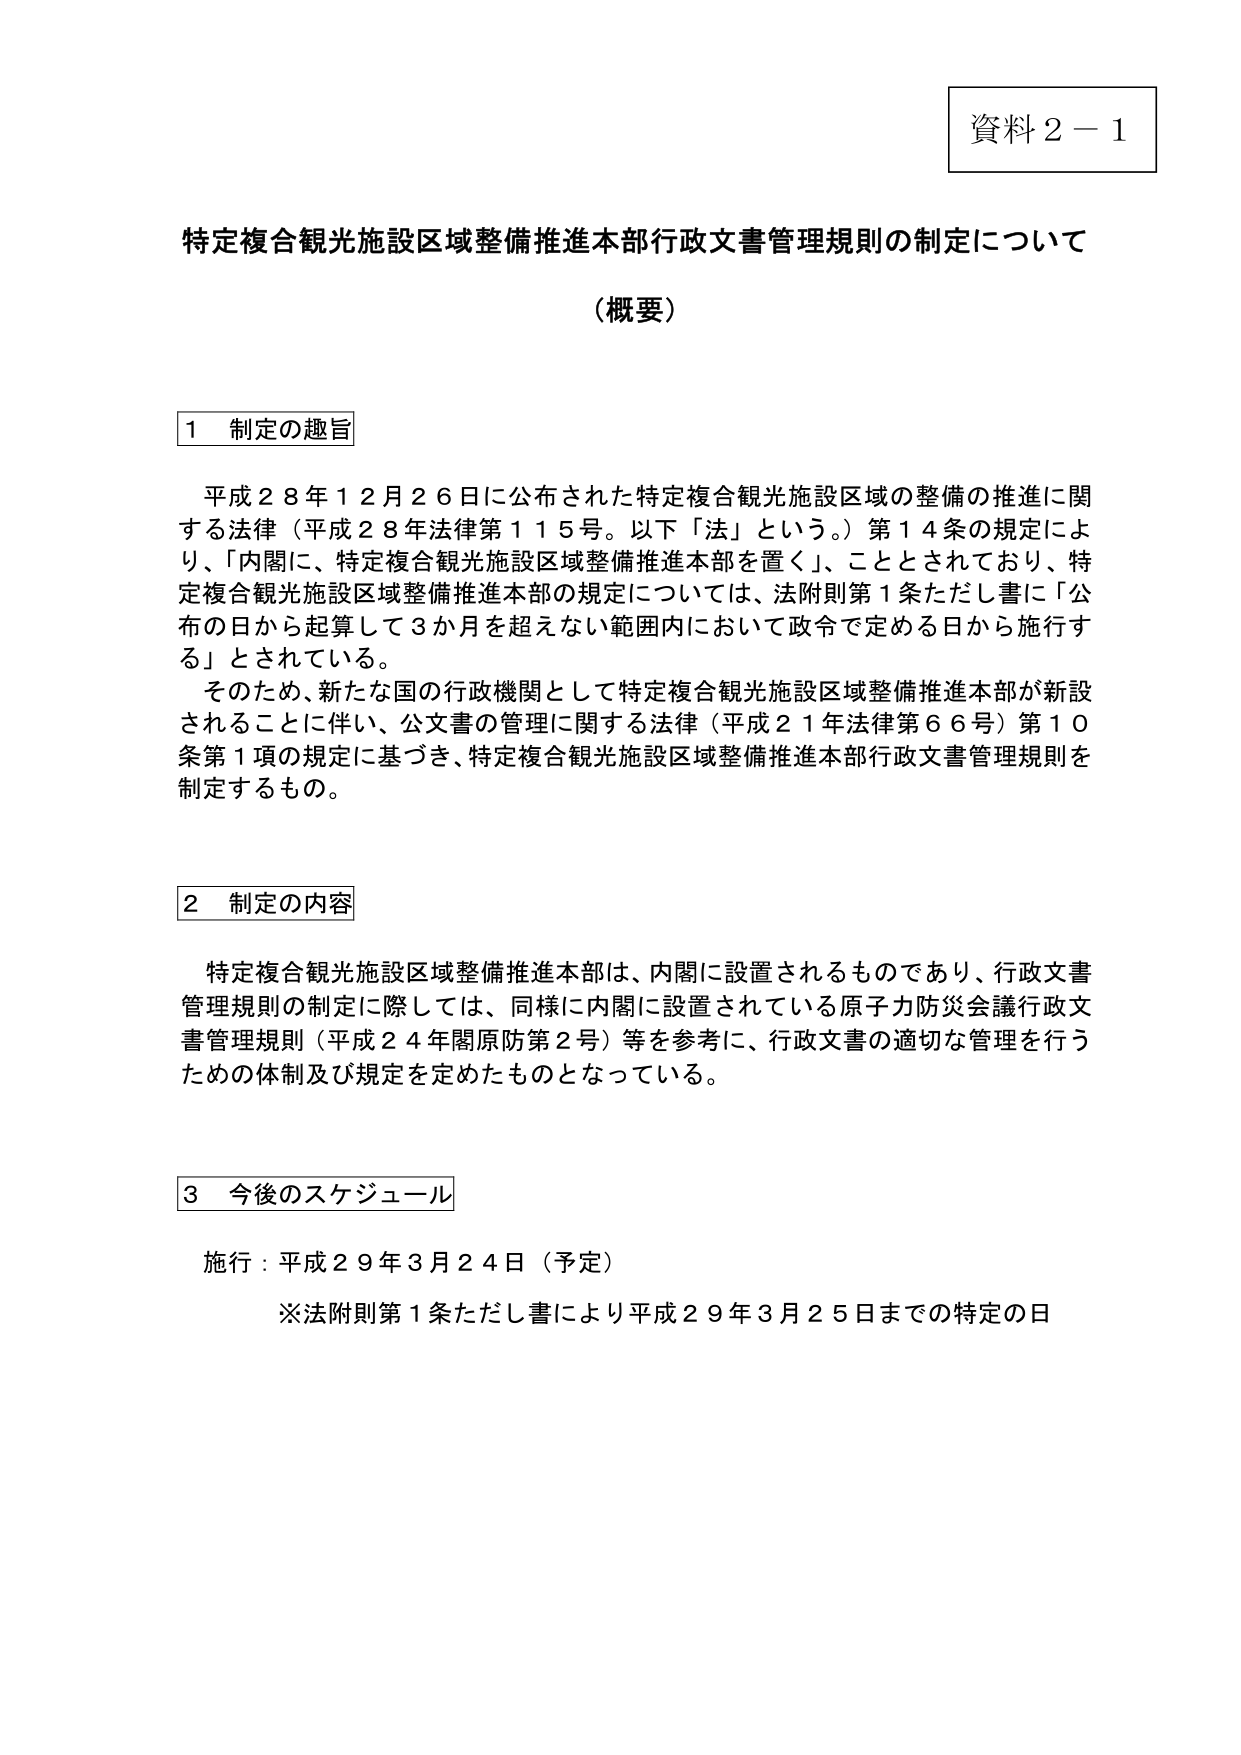
資料２－１

特定複合観光施設区域整備推進本部行政文書管理規則の制定について
（概要）

１ 制定の趣旨

平成２８年１２月２６日に公布された特定複合観光施設区域の整備の推進に関する法律（平成２８年法律第１１５号。以下「法」という。）第１４条の規定により、「内閣に、特定複合観光施設区域整備推進本部を置く」、こととされており、特定複合観光施設区域整備推進本部の規定については、法附則第１条ただし書に「公布の日から起算して３か月を超えない範囲内において政令で定める日から施行する」とされている。

そのため、新たな国の行政機関として特定複合観光施設区域整備推進本部が新設されることに伴い、公文書の管理に関する法律（平成２１年法律第６６号）第１０条第１項の規定に基づき、特定複合観光施設区域整備推進本部行政文書管理規則を制定するもの。

２ 制定の内容

特定複合観光施設区域整備推進本部は、内閣に設置されるものであり、行政文書管理規則の制定に際しては、同様に内閣に設置されている原子力防災会議行政文書管理規則（平成２４年閣原防第２号）等を参考に、行政文書の適切な管理を行うための体制及び規定を定めたものとなっている。

３ 今後のスケジュール

施行：平成２９年３月２４日（予定）
※法附則第１条ただし書により平成２９年３月２５日までの特定の日